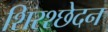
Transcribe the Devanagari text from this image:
शिरश्छेदन